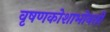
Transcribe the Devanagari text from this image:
वृषणकोशाभोवती